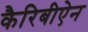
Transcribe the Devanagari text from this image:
कैरिबीऐन